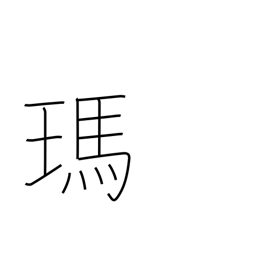
Meaning: agate